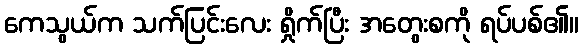
ကေသွယ်က သက်ပြင်းလေး ရှိုက်ပြီး အတွေးစကို ရပ်ပစ်၏။